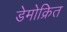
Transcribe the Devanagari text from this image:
डेमोक्रित